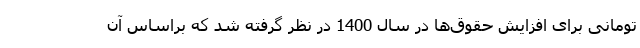
تومانی برای افزایش حقوق‌ها در سال 1400 در نظر گرفته شد که براساس آن